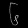
Digit: ၆